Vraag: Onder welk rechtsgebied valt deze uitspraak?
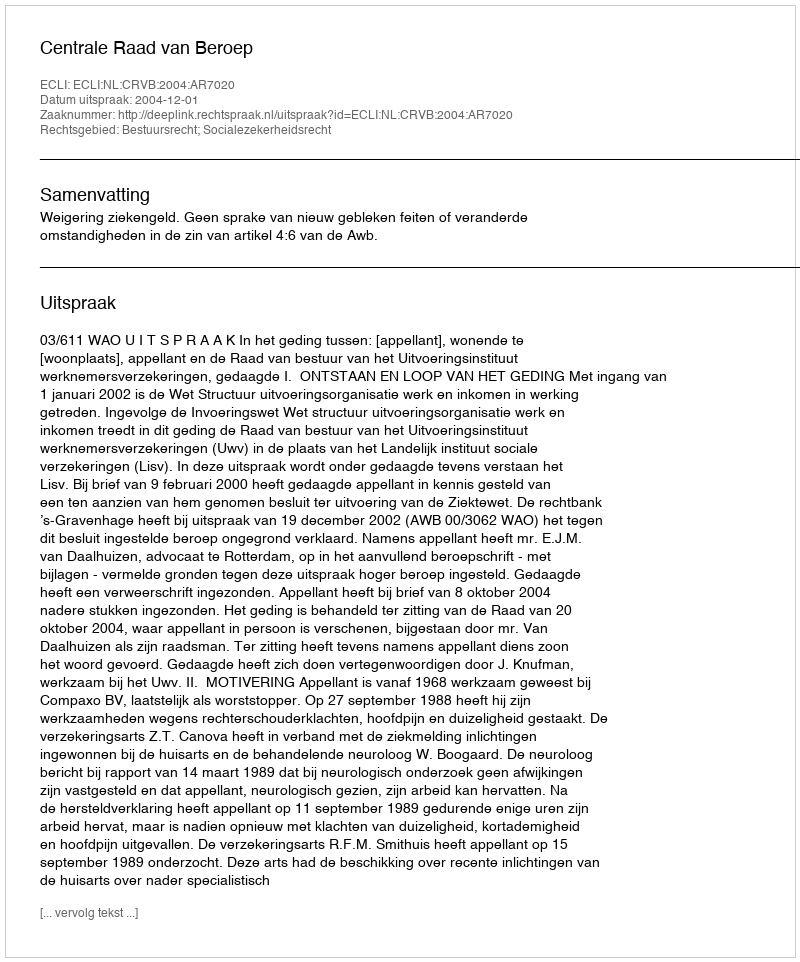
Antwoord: Bestuursrecht; Socialezekerheidsrecht